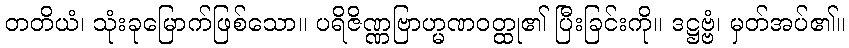
တတိယံ၊ သုံးခုမြောက်ဖြစ်သော။ ပရိဇိဏ္ဏဗြာဟ္မဏဝတ္ထု၏ ပြီးခြင်းကို။ ဒဋ္ဌဗ္ဗံ၊ မှတ်အပ်၏။